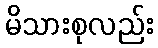
မိသားစုလည်း